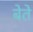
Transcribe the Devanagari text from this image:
बेते